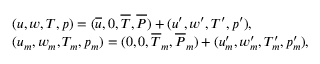
\begin{array} { r l } & { ( u , w , T , p ) = ( \overline { { u } } , 0 , \overline { { T } } , \overline { { P } } ) + ( u ^ { \prime } , w ^ { \prime } , T ^ { \prime } , p ^ { \prime } ) , } \\ & { ( u _ { m } , w _ { m } , T _ { m } , p _ { m } ) = ( 0 , 0 , \overline { { T } } _ { m } , \overline { { P } } _ { m } ) + ( u _ { m } ^ { \prime } , w _ { m } ^ { \prime } , T _ { m } ^ { \prime } , p _ { m } ^ { \prime } ) , } \end{array}